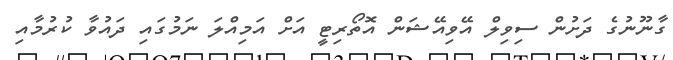
ގާނޫނުގެ ދަށުން ސިވިލް އޭވިއޭޝަން އޮތޯރިޓީ އަށް އަމިއްލަ ނަމުގައި ދައުވާ ކުރުމާއި